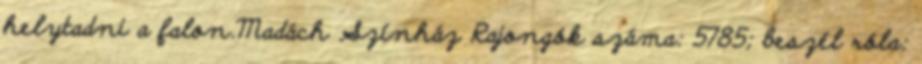
helytadni a falon.Madách Színház Rajongók száma: 5785; beszél róla: